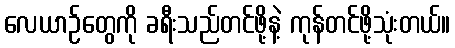
လေယာဉ်တွေကို ခရီးသည်တင်ဖို့နဲ့ ကုန်တင်ဖို့သုံးတယ်။